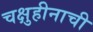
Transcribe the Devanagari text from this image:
चक्षुहीनाची